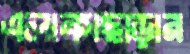
এলাকাছাড়ার